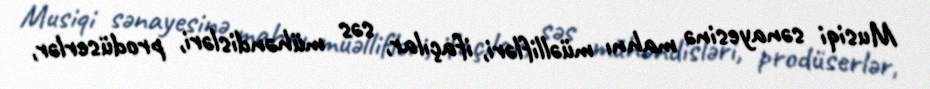
Musiqi sənayesinə mahnı müəllifləri, ifaçılar, səs mühəndisləri, prodüserlər,